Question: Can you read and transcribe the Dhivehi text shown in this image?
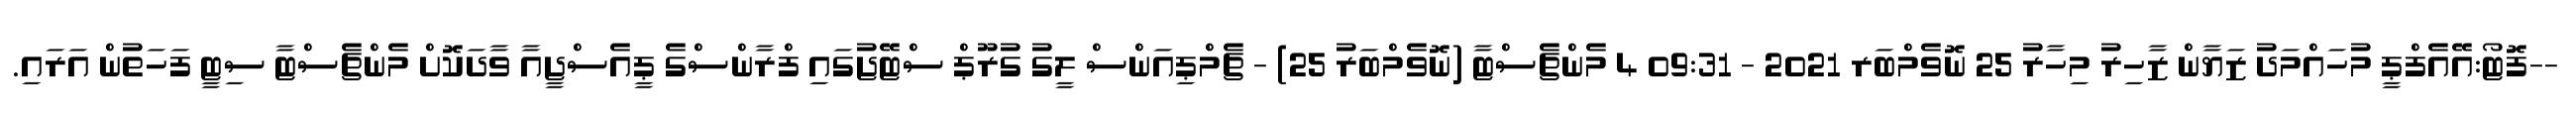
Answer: --ފޮޓޯ:އޭއެފްޕީ މުހައްމަދު ޒަޔާން ޒާހިރު މިހާރު 25 ނޮވެމްބަރ 2021 - 09:31 4 މެންޗެސްޓާ (ނޮވެމްބަރު 25) - ޗެމްޕިއަންސް ލީގު ގުރޫޕް ސްޓޭޖުގައި ފްރާންސްގެ ޕީއެސްޖީއާ ވާދަކޮށް މެންޗެސްޓާ ސިޓީ ފަހަތުން އަރައި.